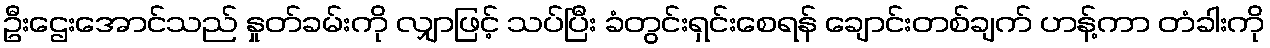
ဦးဌေးအောင်သည် နှုတ်ခမ်းကို လျှာဖြင့် သပ်ပြီး ခံတွင်းရှင်းစေရန် ချောင်းတစ်ချက် ဟန့်ကာ တံခါးကို